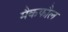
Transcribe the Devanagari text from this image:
मैकफौल